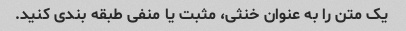
یک متن را به عنوان خنثی، مثبت یا منفی طبقه بندی کنید.